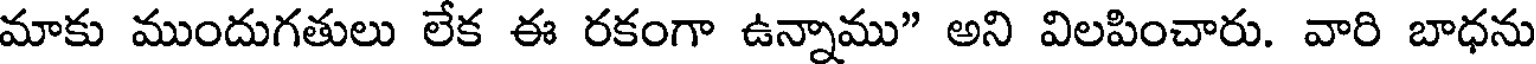
మాకు ముందుగతులు లేక ఈ రకంగా ఉన్నాము" అని విలపించారు. వారి బాధను